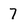
Character: 7